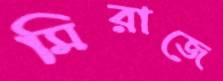
মিরাজে